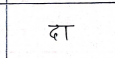
मजकूर: दा